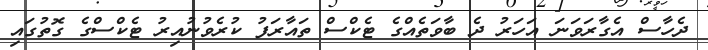
ދެހާސް އެގާރަވަނަ އަހަރު ދެ ބާވަތެއްގެ ޓެކްސް ތައާރަފު ކުރެވުނުއިރު ޓެކްސްގެ ގޮތުގައި